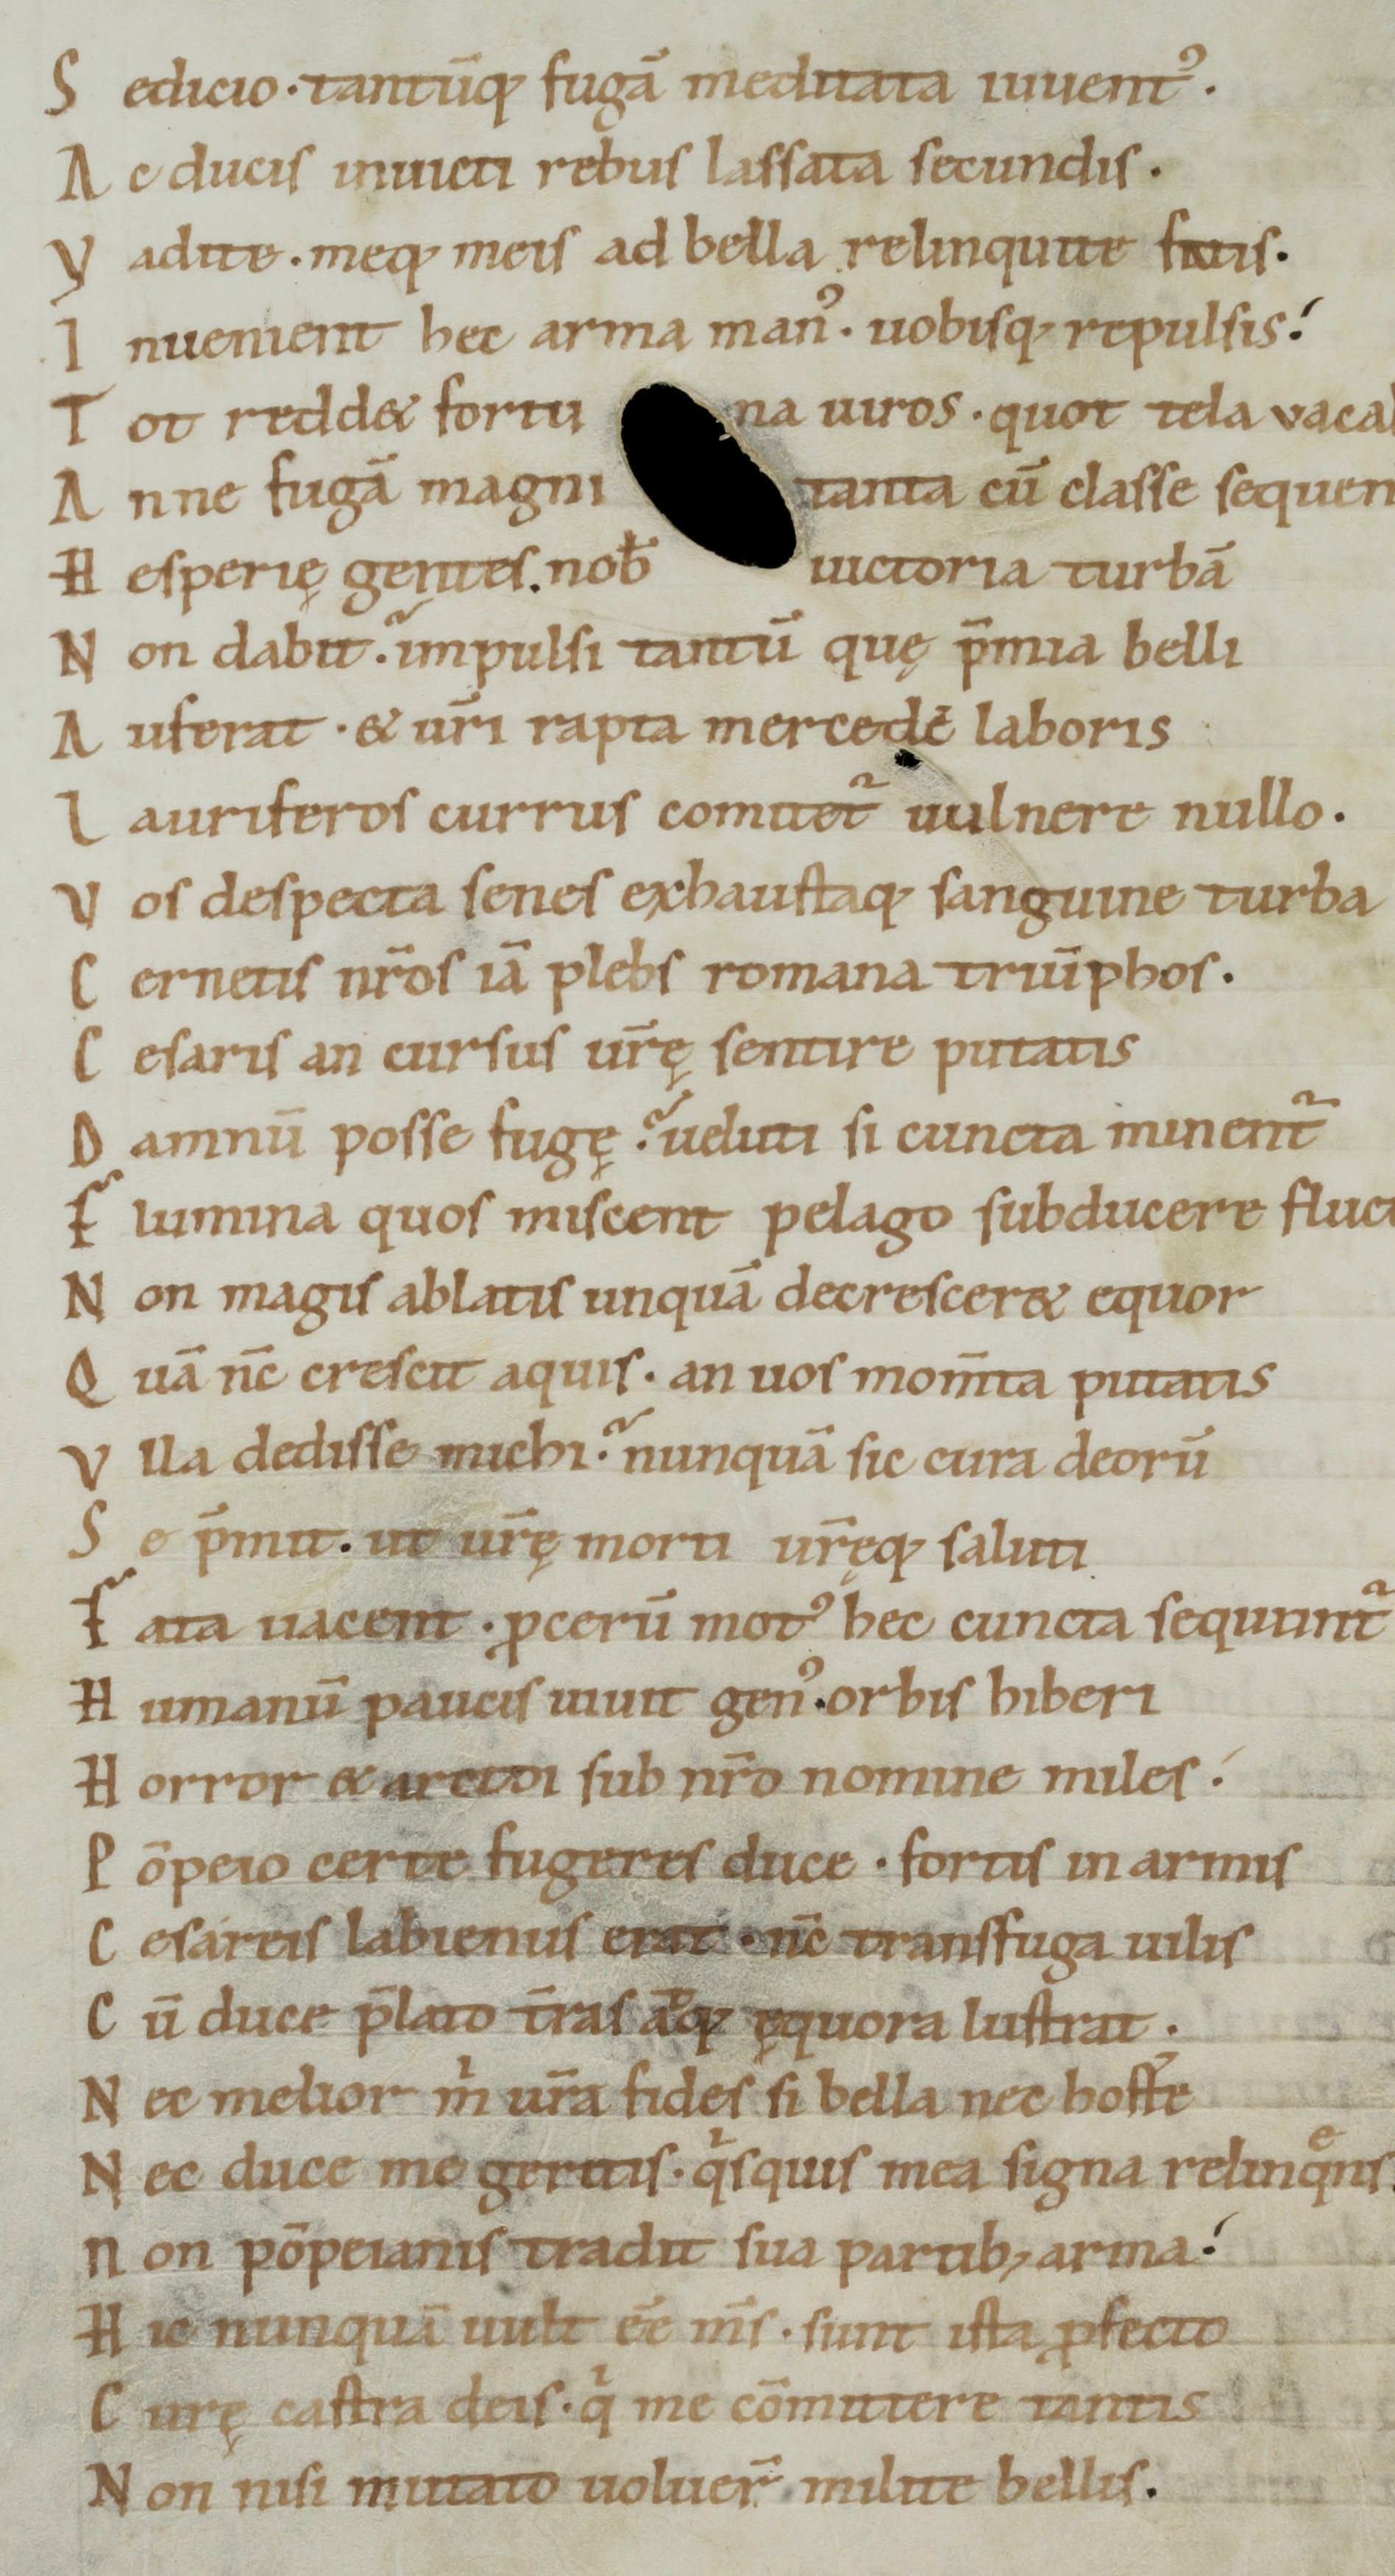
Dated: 1050–1074